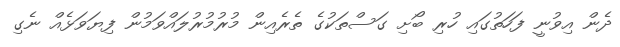
ދެން އިވުނީ ފަހަތުގައި ހުރި ބޯށި ގަސްތަކުގެ ތެރެއިން މުރުމުރުލައްވަމުން ފިޔަވަޅެއް ނެގި